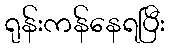
ရုန်းကန်နေရပြီး